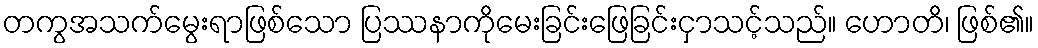
တကွအသက်မွေးရာဖြစ်သော ပြဿနာကိုမေးခြင်းဖြေခြင်းငှာသင့်သည်။ ဟောတိ၊ ဖြစ်၏။